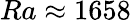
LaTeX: {Ra\approx 1658}